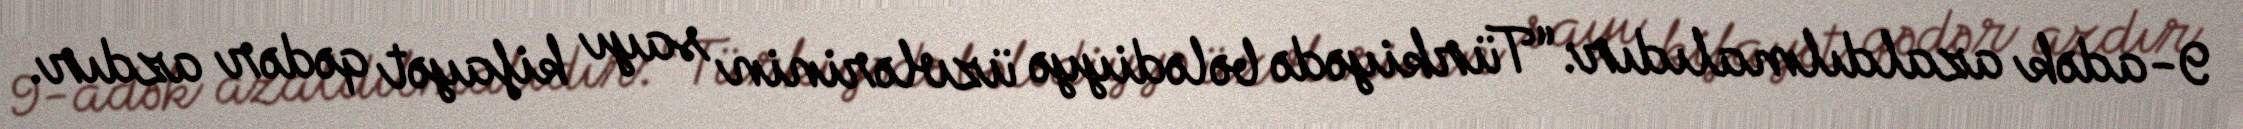
9-adək azaldılmalıdır: “Türkiyədə bələdiyyə üzvlərinin sayı kifayət qədər azdır.